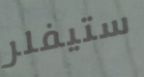
ستيفلر